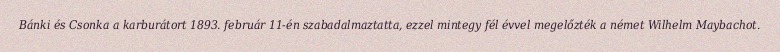
Bánki és Csonka a karburátort 1893. február 11-én szabadalmaztatta, ezzel mintegy fél évvel megelőzték a német Wilhelm Maybachot.